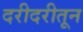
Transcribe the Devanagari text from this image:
दरीदरीतून